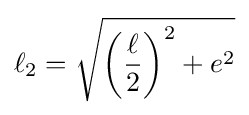
\ell _{2}={\sqrt {\left({\frac {\ell }{2}}\right)^{2}+e^{2}}}